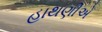
હાથણીએ